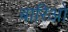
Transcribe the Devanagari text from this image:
बारिओ